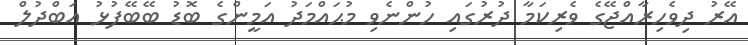
އޭރު ދިވެހިރާއްޖޭގެ ވެރިކަމާ ދުރުގައި ހުންނެވި މުޙައްމަދު އަމީންގެ ބޮޑު ބޭބޭފުޅު އަބްދުލް